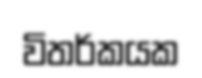
විතර්කයක